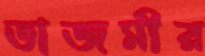
তাজমীর